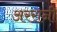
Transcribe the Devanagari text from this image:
अररानी